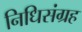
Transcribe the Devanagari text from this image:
निधिसंग्रह